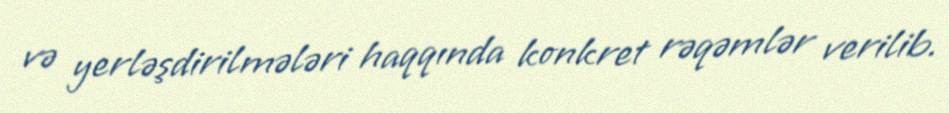
və yerləşdirilmələri haqqında konkret rəqəmlər verilib.